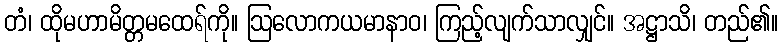
တံ၊ ထိုမဟာမိတ္တမထေရ်ကို။ ဩလောကယမာနာဝ၊ ကြည့်လျက်သာလျှင်။ အဋ္ဌာသိ၊ တည်၏။